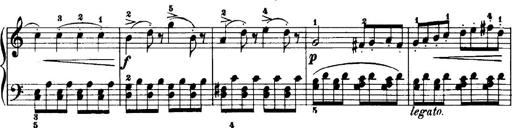
Title: 7 Sonatinas
Composer: Anton Diabelli